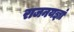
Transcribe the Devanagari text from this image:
राजनयज्ञां